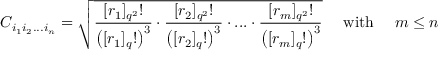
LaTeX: C _ { i _ { 1 } i _ { 2 } . . . i _ { n } } = \sqrt { \frac { [ r _ { 1 } ] _ { q ^ { 2 } } ! } { \left( [ r _ { 1 } ] _ { q } ! \right) ^ { 3 } } \cdot \frac { [ r _ { 2 } ] _ { q ^ { 2 } } ! } { \left( [ r _ { 2 } ] _ { q } ! \right) ^ { 3 } } \cdot . . . \cdot \frac { [ r _ { m } ] _ { q ^ { 2 } } ! } { \left( [ r _ { m } ] _ { q } ! \right) ^ { 3 } } } \mathrm { \quad ~ w i t h ~ \quad } m \le n